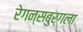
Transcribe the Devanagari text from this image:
रेगन्सबुर्गला